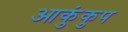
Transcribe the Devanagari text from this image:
आकुंकुप